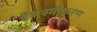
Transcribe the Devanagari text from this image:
हैंभस्मीकरण